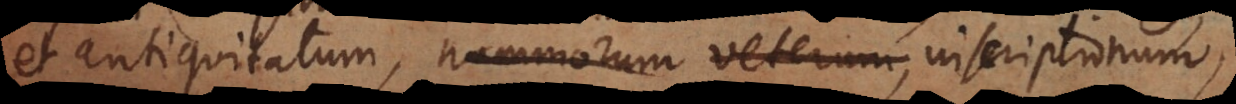
et antiquitatum, nummorum veterum, inscriptionum,